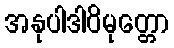
အနုပါဒါဝိမုတ္တော